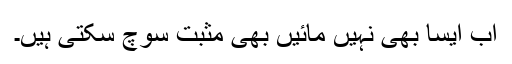
اب ایسا بھی نہیں مائیں بھی مثبت سوچ سکتی ہیں۔